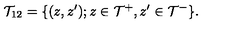
{ \cal T } _ { 1 2 } = \{ ( z , z ^ { \prime } ) ; z \in { \cal T } ^ { + } , z ^ { \prime } \in { \cal T } ^ { - } \} .